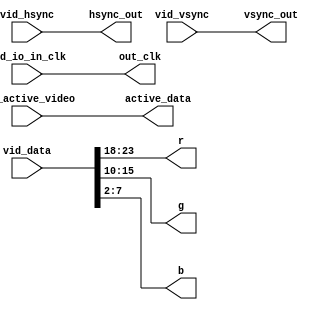
module fslcd #
(
	/// single component data width
	parameter integer C_IN_COMP_WIDTH = 8,
	parameter integer C_OUT_COMP_WIDTH = 6
) (
	input vid_io_in_clk,

	input vid_active_video,
	input [C_IN_COMP_WIDTH*3-1:0] vid_data,
	input vid_hsync,
	input vid_vsync,

	output [C_OUT_COMP_WIDTH-1:0] r,
	output [C_OUT_COMP_WIDTH-1:0] g,
	output [C_OUT_COMP_WIDTH-1:0] b,
	output hsync_out,
	output vsync_out,
	output active_data,
	output out_clk
);

	function integer com_msb (input integer com_idx);
	begin
		com_msb = C_IN_COMP_WIDTH * (com_idx + 1) - 1;
	end
	endfunction

	function integer com_lsb_shrink (input integer com_idx);
	begin
		com_lsb_shrink = C_IN_COMP_WIDTH * (com_idx + 1) - C_OUT_COMP_WIDTH;
	end
	endfunction

	function integer com_lsb_extent (input integer com_idx);
	begin
		com_lsb_extent = C_IN_COMP_WIDTH * com_idx;
	end
	endfunction

	localparam integer C_EXTENT = C_OUT_COMP_WIDTH - C_IN_COMP_WIDTH;

	assign active_data = vid_active_video;

	if (C_IN_COMP_WIDTH >= C_OUT_COMP_WIDTH) begin
		assign r = vid_data[com_msb(2):com_lsb_shrink(2)];
		assign g = vid_data[com_msb(1):com_lsb_shrink(1)];
		assign b = vid_data[com_msb(0):com_lsb_shrink(0)];
	end
	else begin
		assign r = { vid_data[com_msb(2):com_lsb_extent(2)], {C_EXTENT{1'b1}} };
		assign g = { vid_data[com_msb(1):com_lsb_extent(1)], {C_EXTENT{1'b1}} };
		assign b = { vid_data[com_msb(0):com_lsb_extent(0)], {C_EXTENT{1'b1}} };
	end

	assign hsync_out = vid_hsync;
	assign vsync_out = vid_vsync;
	assign out_clk = vid_io_in_clk;

endmodule